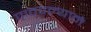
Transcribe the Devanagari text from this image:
पाठवल्याने